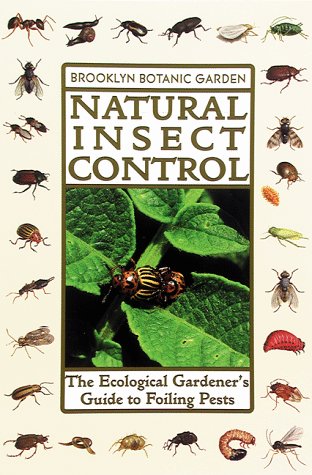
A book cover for Natural Insect Control: The Ecological Gardener's Guide to Foiling Pests (21st Century Gardening Series); Brooklyn Botanic Garden; Crafts, Hobbies & Home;